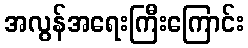
အလွန်အရေးကြီးကြောင်း